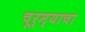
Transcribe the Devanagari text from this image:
चूर्म्याचा